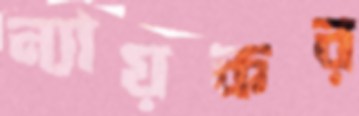
ন্যায়কর